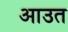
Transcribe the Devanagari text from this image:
आउत